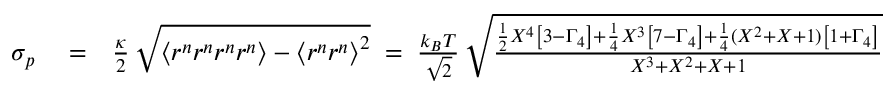
\begin{array} { r l r } { \sigma _ { p } } & { { } = } & { \frac { \kappa } { 2 } \, \sqrt { \left\langle r ^ { n } r ^ { n } r ^ { n } r ^ { n } \right\rangle - \left\langle r ^ { n } r ^ { n } \right\rangle ^ { 2 } } \; = \; \frac { k _ { B } T } { \sqrt { 2 } } \, \sqrt { \frac { \frac { 1 } { 2 } X ^ { 4 } \left[ 3 - \Gamma _ { 4 } \right] + \frac { 1 } { 4 } X ^ { 3 } \left[ 7 - \Gamma _ { 4 } \right] + \frac { 1 } { 4 } ( X ^ { 2 } + X + 1 ) \left[ 1 + \Gamma _ { 4 } \right] } { X ^ { 3 } + X ^ { 2 } + X + 1 } } \, . } \end{array}